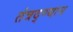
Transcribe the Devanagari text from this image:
तंत्रद्ण्यान